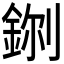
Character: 𮡼